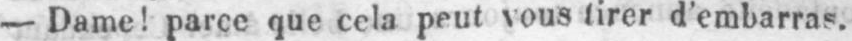
- Dame! parce que cela peut vous tirer d’embarras.